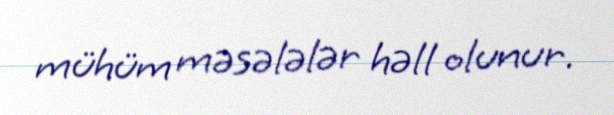
mühüm məsələlər həll olunur.